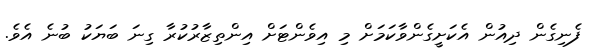
ފެނިގެން ދިއުން އެކަށީގެންވާކަމަށް މި އިވެންޓަށް އިންތިޒާރުކުރާ ގިނަ ބަޔަކު ބުނެ އެވެ.